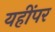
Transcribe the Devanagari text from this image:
यहींपर